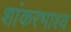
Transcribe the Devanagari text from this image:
शांकरभाश्य